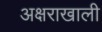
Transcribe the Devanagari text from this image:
अक्षराखाली